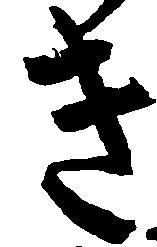
き